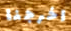
اخرجنا